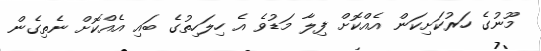
މޫނުގެ ހަރުކަށިކަން އެއްކޮށް ފިލާ މަޑުވެ އެ ހިލަހިތުގެ ބައި އެއްކޮށް ނެތިގެން